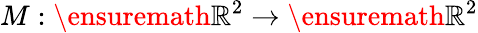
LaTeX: M:\ensuremath{\mathbb{R}}^{2}\to\ensuremath{\mathbb{R}}^{2}